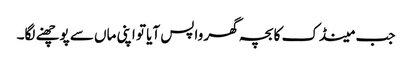
جب مینڈک کا بچہ گھر واپس آیا تو اپنی ماں سے پوچھنے لگا۔